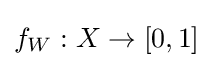
f_{W}:X\to [0,1]